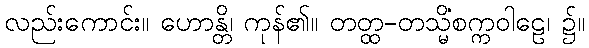
လည်းကောင်း။ ဟောန္တိ၊ ကုန်၏။ တတ္ထ-တသ္မိံစက္ကဝါဠေ၊ ၌။